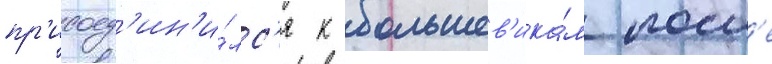
пр'исоед'ин'и́лс'я к большев'ика́м посл'е